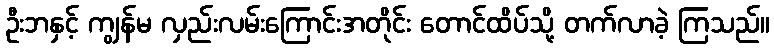
ဦးဘနှင့် ကျွန်မ လှည်းလမ်းကြောင်းအတိုင်း တောင်ထိပ်သို့ တက်လာခဲ့ ကြသည်။